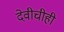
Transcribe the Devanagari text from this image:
देवीचीही